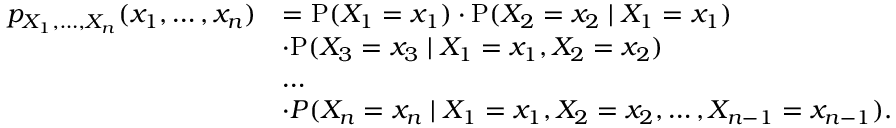
{ \begin{array} { r l } { p _ { X _ { 1 } , \ldots , X _ { n } } ( x _ { 1 } , \ldots , x _ { n } ) } & { = \mathrm { P } ( X _ { 1 } = x _ { 1 } ) \cdot \mathrm { P } ( X _ { 2 } = x _ { 2 } \mid X _ { 1 } = x _ { 1 } ) } \\ & { \cdot \mathrm { P } ( X _ { 3 } = x _ { 3 } \mid X _ { 1 } = x _ { 1 } , X _ { 2 } = x _ { 2 } ) } \\ & { \dots } \\ & { \cdot P ( X _ { n } = x _ { n } \mid X _ { 1 } = x _ { 1 } , X _ { 2 } = x _ { 2 } , \dots , X _ { n - 1 } = x _ { n - 1 } ) . } \end{array} }